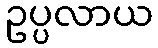
ဥပ္ပလာယ